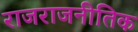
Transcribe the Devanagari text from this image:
राजराजनीतिक